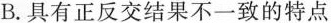
B.具有正反交结果不一致的特点